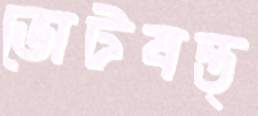
ভোটযন্ত্